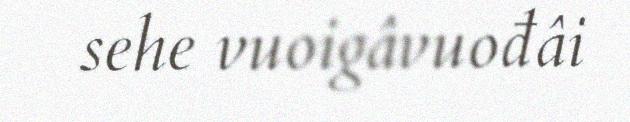
sehe vuoigâvuođâi